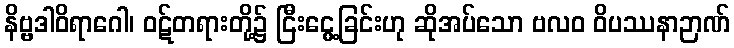
နိဗ္ဗဒါဝိရာဂေါ၊ ဝဋ်တရားတို့၌ ငြီးငွေ့ခြင်းဟု ဆိုအပ်သော ဗလဝ ဝိပဿနာဉာဏ်